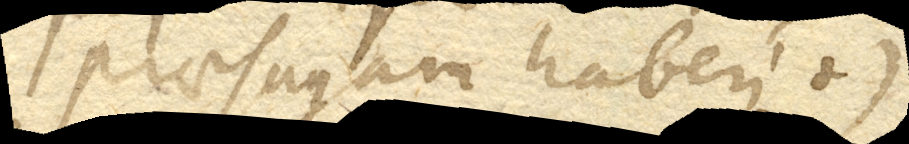
praesagam haberi. +)